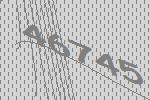
46745